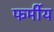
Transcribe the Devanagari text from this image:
फर्मीय